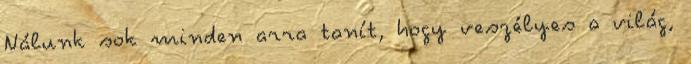
Nálunk sok minden arra tanít, hogy veszélyes a világ,